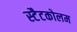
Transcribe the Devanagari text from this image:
स्टैटकोलम